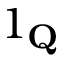
1 _ { \mathbf { Q } }